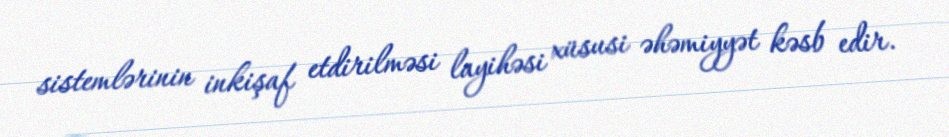
sistemlərinin inkişaf etdirilməsi layihəsi xüsusi əhəmiyyət kəsb edir.